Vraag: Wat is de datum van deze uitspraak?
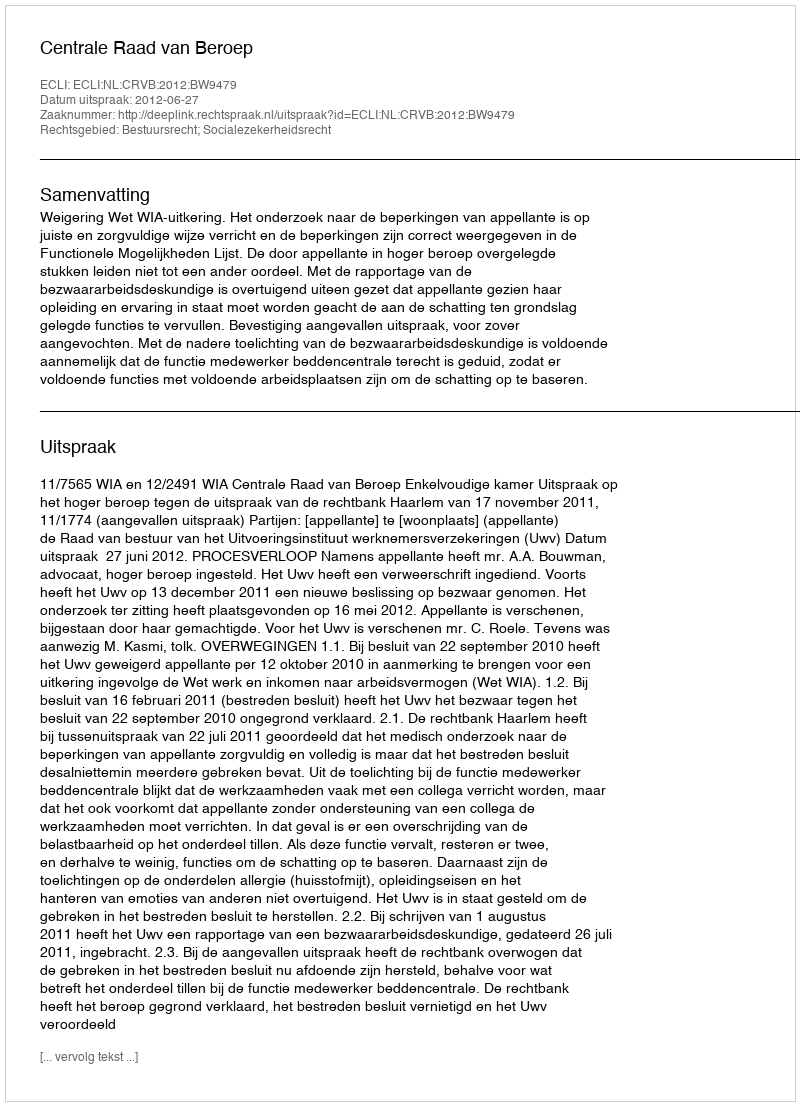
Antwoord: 2012-06-27